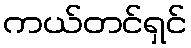
ကယ်တင်ရှင်